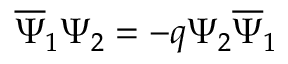
\overline { { { \Psi } } } _ { 1 } \Psi _ { 2 } = - q \Psi _ { 2 } \overline { { { \Psi } } } _ { 1 }